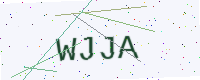
Text: WJJA